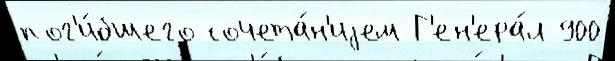
пог'и́бшего сочета́н'иjем Г'ен'ера́л 900